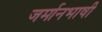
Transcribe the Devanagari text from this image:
जर्मानभाषी